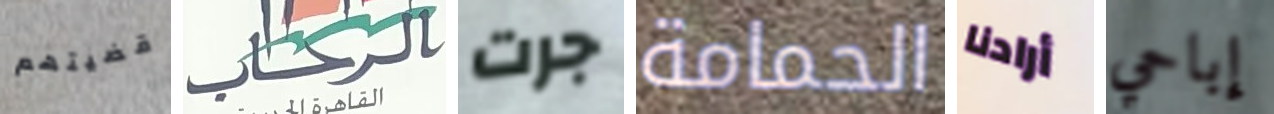
قضيتهم الرحاب جرت الحمامة أرادنا إباحي